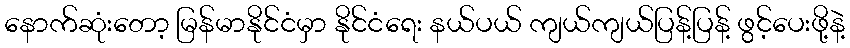
နောက်ဆုံးတော့ မြန်မာနိုင်ငံမှာ နိုင်ငံရေး နယ်ပယ် ကျယ်ကျယ်ပြန့်ပြန့် ဖွင့်ပေးဖို့နဲ့